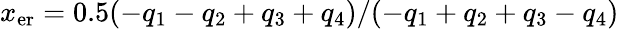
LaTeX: x_{\mathrm{er}}=0.5(-q_{1}-q_{2}+q_{3}+q_{4})/(-q_{1}+q_{2}+q_{3}-q_{4})